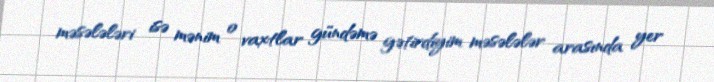
məsələləri isə mənim o vaxtlar gündəmə gətirdiyim məsələlər arasında yer